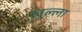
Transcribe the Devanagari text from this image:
ख़ुल्ला